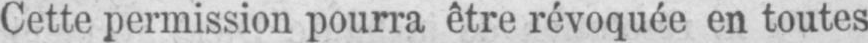
Cette permission pourra être révoquée en toutes